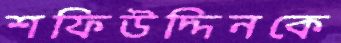
শফিউদ্দিনকে